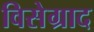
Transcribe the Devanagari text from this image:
विसेग्राद